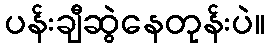
ပန်းချီဆွဲနေတုန်းပဲ။